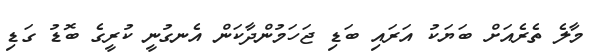
މާލެ ތެރެއަށް ބަޔަކު އަރައި ބަޑި ޖަހަމުންދާކަން އެނގުނީ ކުރީގެ ބޮޑު ގަޑި